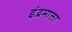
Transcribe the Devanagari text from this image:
इंद्रमाला